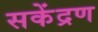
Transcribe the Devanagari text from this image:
सकेंद्रण